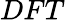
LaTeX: DFT